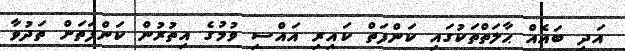
އަދި ބައެއް ޙާލަތްތަކުގައި ކަންފަތް ކައިރި އައްސި ވުމުގެ އިތުރުން ކަންފަތަށް ތަދުވާ